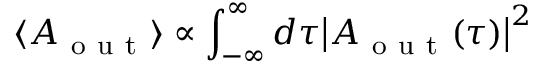
\langle A _ { \mathrm { ~ o ~ u ~ t ~ } } \rangle \propto \int _ { - \infty } ^ { \infty } d \tau { \left| A _ { \mathrm { ~ o ~ u ~ t ~ } } ( \tau ) \right| } ^ { 2 }